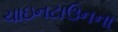
ચાઇનટાઉનના